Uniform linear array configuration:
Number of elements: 24
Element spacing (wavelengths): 1
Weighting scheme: hamming
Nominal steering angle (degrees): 45
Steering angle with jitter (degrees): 43.511
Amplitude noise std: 0.05
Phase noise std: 0.05

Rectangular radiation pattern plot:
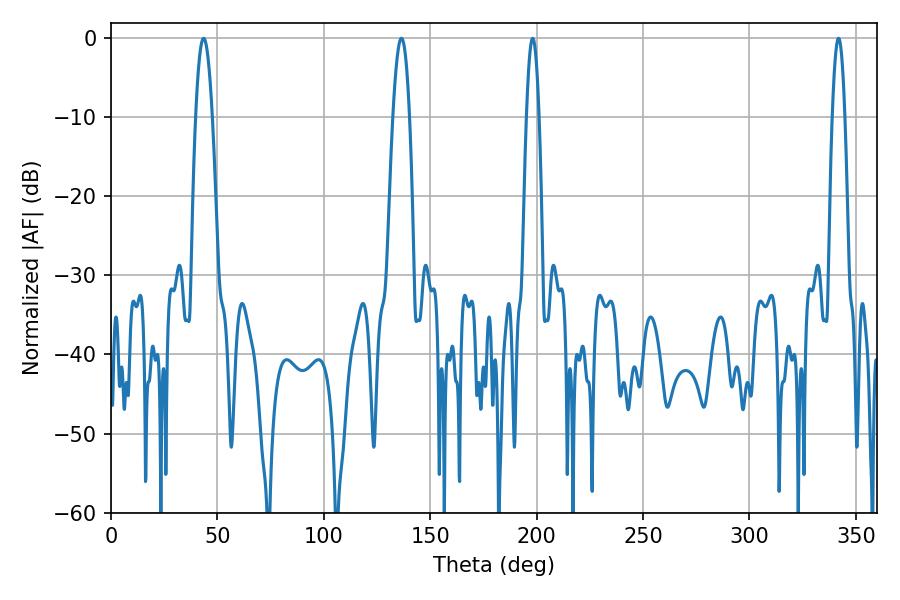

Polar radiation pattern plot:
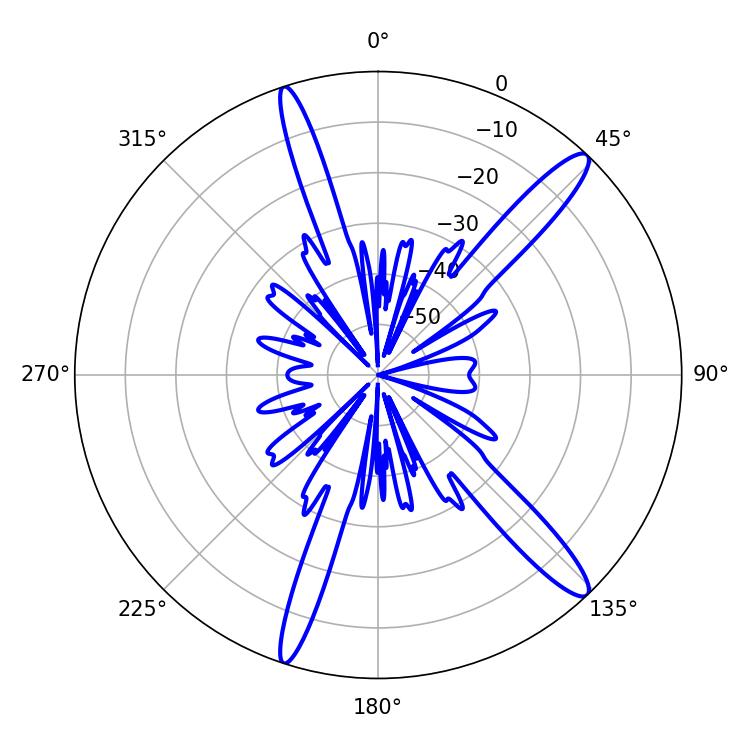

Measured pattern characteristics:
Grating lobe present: TRUE
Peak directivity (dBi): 14.343
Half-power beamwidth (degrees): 4.32
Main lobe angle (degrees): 43.56